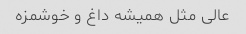
عالی مثل همیشه داغ و خوشمزه